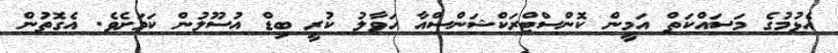
އެޅުމުގެ މަސައްކަތް އަމީން ކޮންސްޓްރަކްޝަންސްއާ ހަވާލު ކުރީ ބިޑް އުސޫލުން ކަމަށެވެ. އެގޮތުން